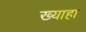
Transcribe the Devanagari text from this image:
ख्याहा